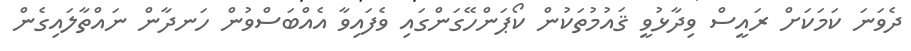
ދެވަނަ ކަމަކަށް ރައީސް ވިދާޅުވީ ޤައުމުތަކުން ކޯޕަންހޭގަންގައި ވެފައިވާ އެއްބަސްވުން ހަނދާން ނައްތާލައިގެން